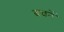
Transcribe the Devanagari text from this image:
बचनें